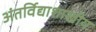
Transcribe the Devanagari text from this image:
अंतर्विद्याशाखीय